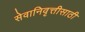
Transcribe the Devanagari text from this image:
सेवानिवृत्तीसाठी